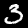
Label: 3